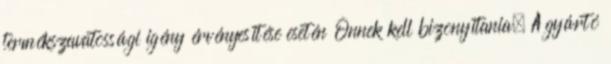
termékszavatossági igény érvényesítése esetén Önnek kell bizonyítania. A gyártó